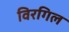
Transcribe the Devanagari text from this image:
विरगिल